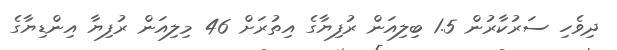
ދިވެހި ސަރުކާރުން 1.5 ބިލިއަން ރުފިޔާގެ އިތުރަށް 46 މިލިއަން ރުފިޔާ އިންޑިޔާގެ